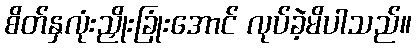
စိတ်နှလုံးညှိုးခြုံးအောင် လုပ်ခဲ့မိပါသည်။